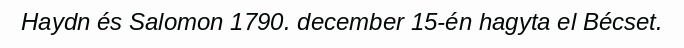
Haydn és Salomon 1790. december 15-én hagyta el Bécset.